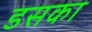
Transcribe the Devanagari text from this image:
डसका